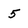
Character: 5